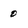
Character: 0